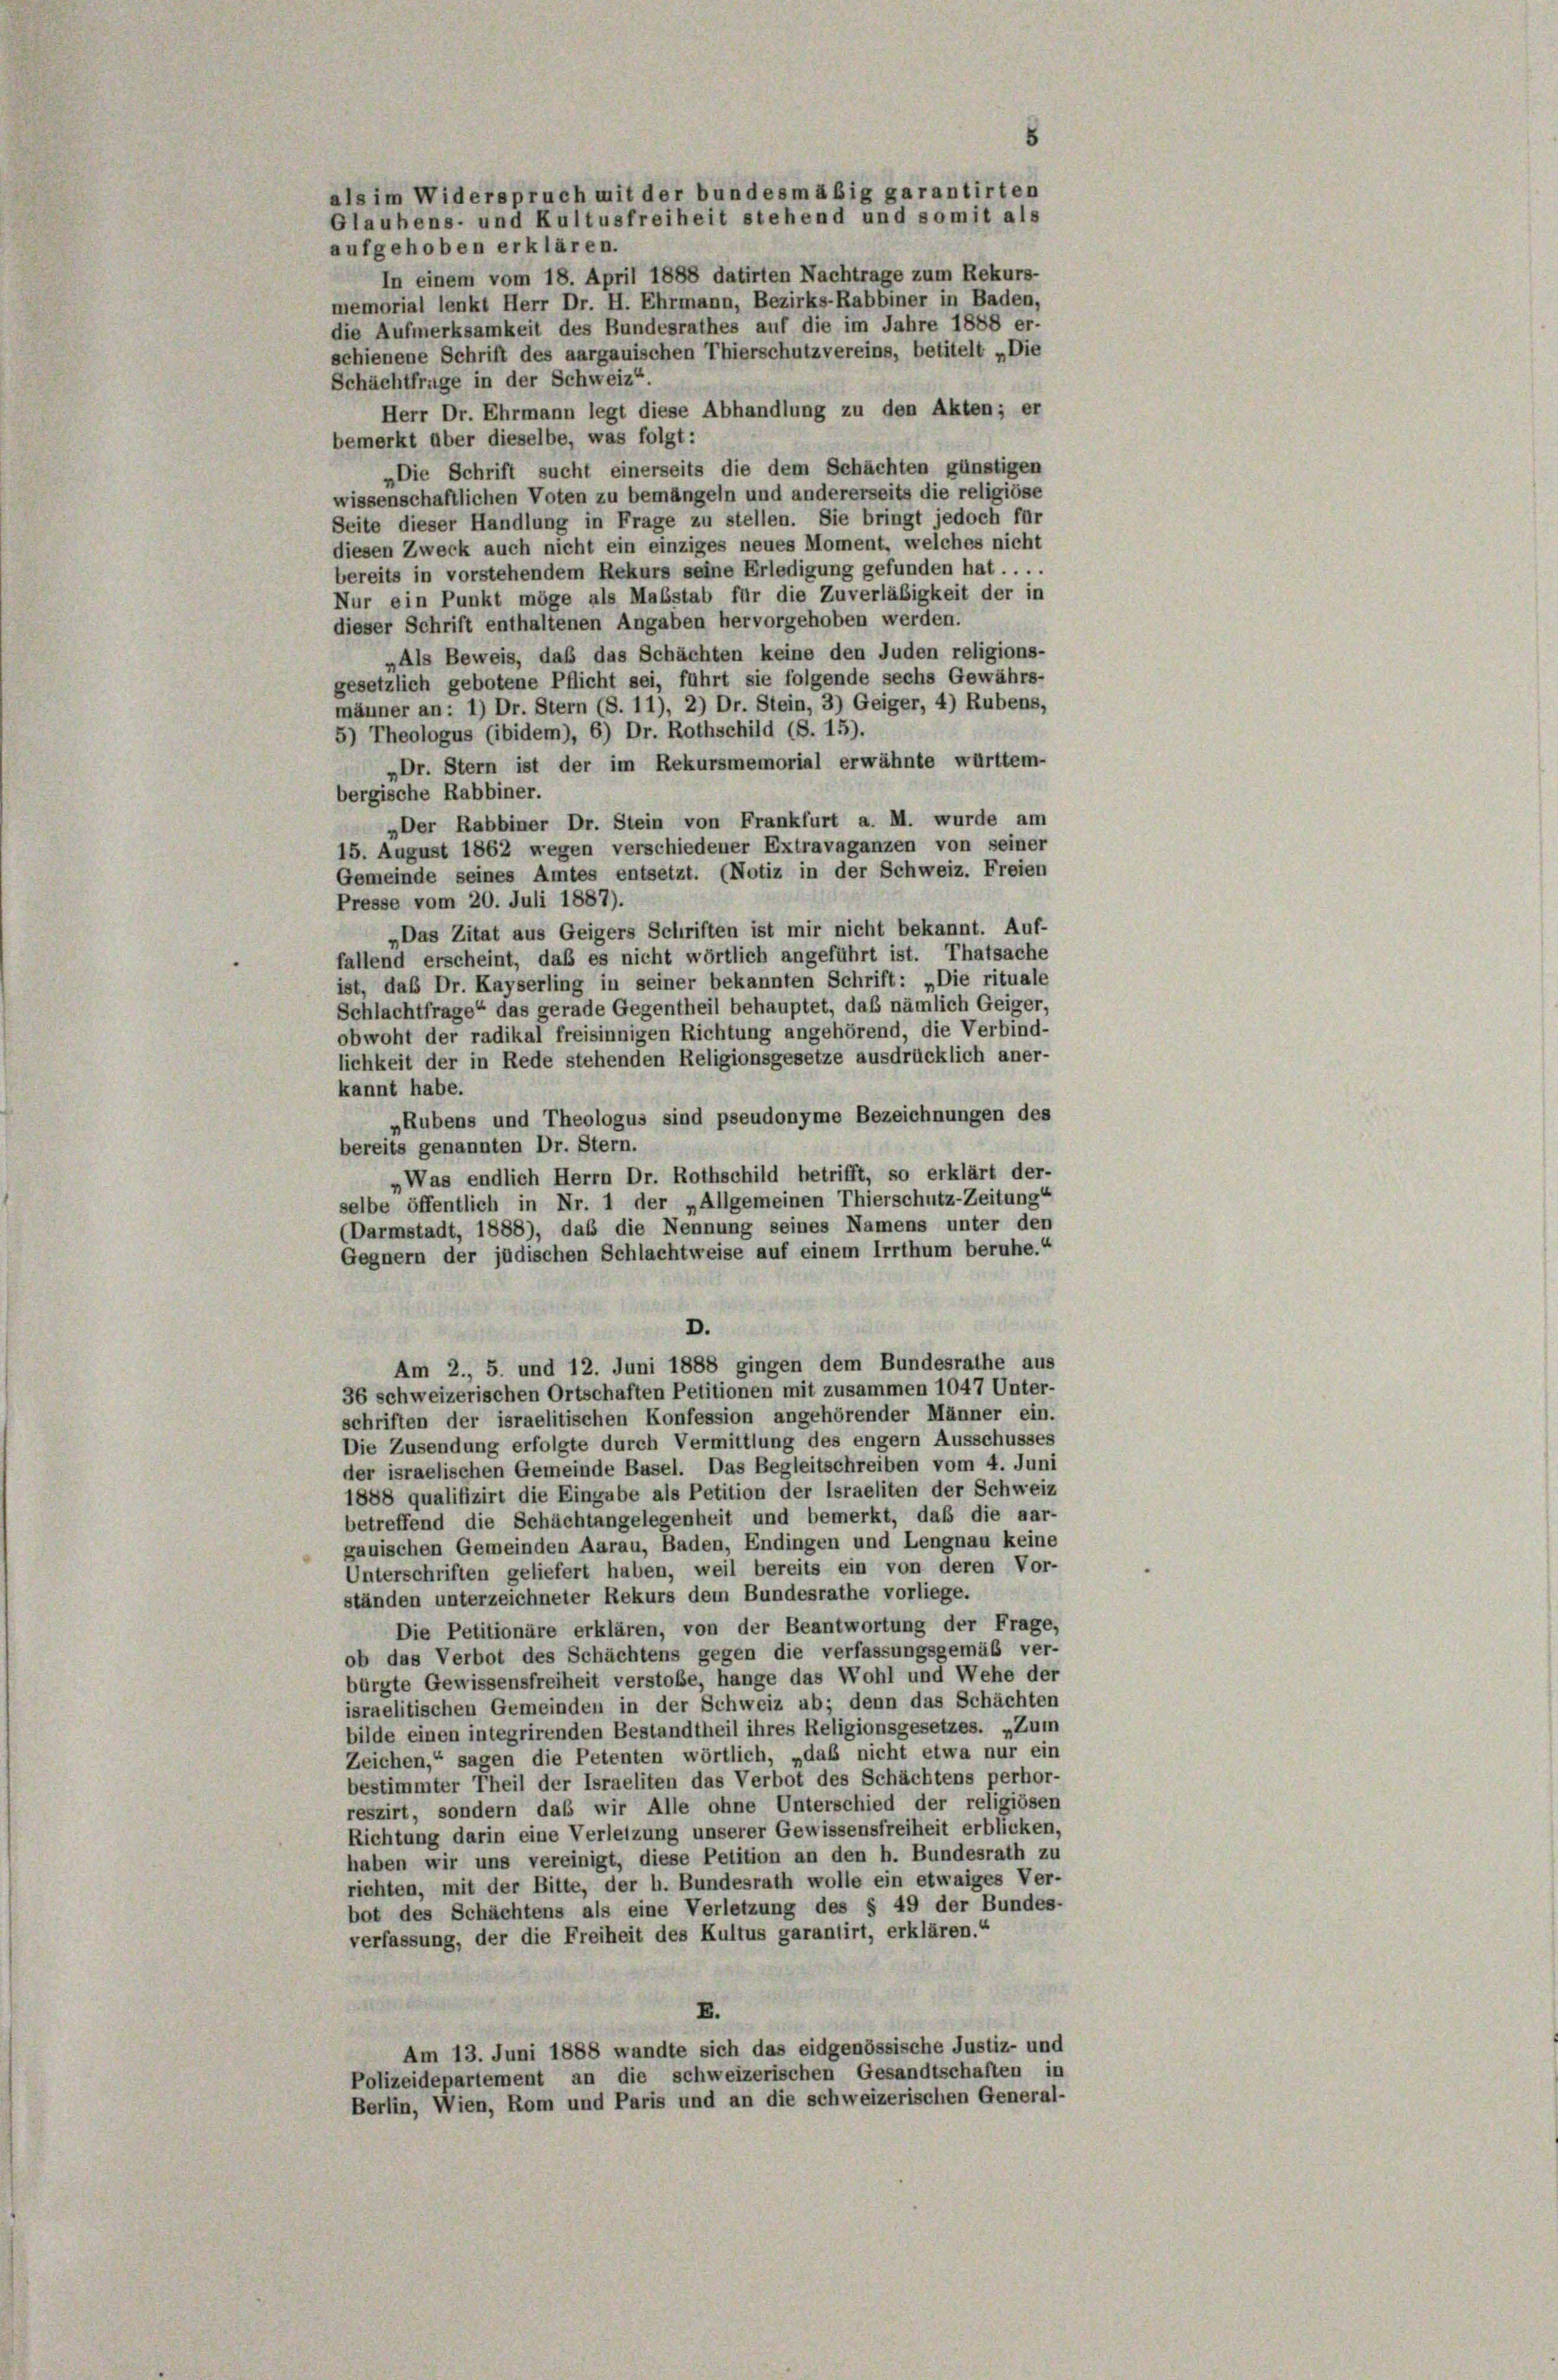
aufgehoben erklären.
die Aufmerksamkeit des Bundesrathes auf die im Jahre 1888 er-
schienene Schrift des aargauischen Thierschutzvereins, betitelt „Die
Schächtfrage in der Schweiz“.
Herr Dr. Ehrmann legt diese Abhandlung zu den Akten; er
bemerkt über dieselbe, was folgt:
„Die Schrift sucht einerseits die dem Schächten günstigen
wissenschaftlichen Voten zu bemängeln und andererseits die religiöse
Seite dieser Handlung in Frage zu stellen. Sie bringt jedoch für
diesen Zweck auch nicht ein einziges neues Moment, welches nicht
bereits in vorstehendem Rekurs seine Erledigung gefunden hat . . . .
Nur ein Punkt möge als Maßstab für die Zuverläßigkeit der in
dieser Schrift enthaltenen Angaben hervorgehoben werden.
„Als Beweis, daß das Schächten keine den Juden religions-
gesetzlich gebotene Pflicht sei, führt sie folgende sechs Gewährs-
männer an: 1) Dr. Stern (S. 11), 2) Dr. Stein, 3) Geiger, 4) Rubens,
5) Theologus (ibidem), 6) Dr. Rothschild (S. 15).
„Dr. Stern ist der im Rekursmemorial erwähnte württem-
bergische Rabbiner.
„Der Rabbiner Dr. Stein von Frankfurt a. M. wurde am
15. August 1862 wegen verschiedener Extravaganzen von seiner
Gemeinde seines Amtes entsetzt. (Notiz in der Schweiz. Freien
Presse vom 20. Juli 1887).
„Das Zitat aus Geigers Schriften ist mir nicht bekannt. Auf-
fallend erscheint, daß es nicht wörtlich angeführt ist. Thatsache
ist, daß Dr. Kayserling in seiner bekannten Schrift: „Die rituale
Schlachtfrage“ das gerade Gegentheil behauptet, daß nämlich Geiger,
obwohl der radikal freisinnigen Richtung angehörend, die Verbind-
lichkeit der in Rede stehenden Religionsgesetze ausdrücklich aner-
kannt habe.
„Rubens und Theologus sind pseudonyme Bezeichnungen des
bereits genannten Dr. Stern.
Was endlich Herrn Dr. Rothschild betrifft, so erklärt der-
selbe öffentlich in Nr. 1 der „Allgemeinen Thierschutz-Zeitung“
(Darmstadt, 1888), daß die Nennung seines Namens unter den
Gegnern der jüdischen Schlachtweise auf einem Irrthum beruhe.“
D.
Am 2., 5. und 12. Juni 1888 gingen dem Bundesrathe aus
36 schweizerischen Ortschaften Petitionen mit zusammen 1047 Unter-
schriften der israelitischen Konfession angehörender Männer ein.
Die Zusendung erfolgte durch Vermittlung des engem Ausschusses
der israelischen Gemeinde Basel. Das Begleitschreiben vom 4. Juni
1888 qualifizirt die Eingabe als Petition der Israeliten der Schweiz
betreffend die Schächtangelegenheit und bemerkt, daß die aar-
gauischen Gemeinden Aarau, Baden, Endingen und Lengnau keine
Unterschriften geliefert haben, weil bereits ein von deren Vor-
ständen unterzeichneter Rekurs dem Bundesrathe vorliege.
Die Petitionäre erklären, von der Beantwortung der Frage,
ob das Verbot des Schächtens gegen die verfassungsgemäß ver-
bürgte Gewissensfreiheit verstoße, hange das Wohl und Wehe der
israelitischen Gemeinden in der Schweiz ab; denn das Schächten
bilde einen integrirenden Bestandtheil ihres Religionsgesetzes. „Zum
Zeichen,“ sagen die Petenten wörtlich, „daß nicht etwa nur ein
bestimmter Theil der Israeliten das Verbot des Schächtens perhor-
reszirt, sondern das wir Alle ohne Unterschied der religiösen
Richtung darin eine Verletzung unserer Gewissensfreiheit erblicken,
haben wir uns vereinigt, diese Petition an den h. Bundesrath zu
richten, mit der Bitte, der h. Bundesrath wolle ein etwaiges Ver-
bot des Schächtens als eine Verletzung des § 49 der Bundes-
verfassung, der die Freiheit des Kultus garantirt, erklären.“
E.
Am 13. Juni 1888 wandte sich das eidgenössische Justiz- und
Polizeidepartement an die schweizerischen Gesandtschaften in
Berlin, Wien, Rom und Paris und an die schweizerischen General-

als im Widerspruch mit der bundesmäßig garantirten
Glaubens- und Kultusfreiheit stehend und somit als
In einem vom 18. April 1888 datirten Nachtrage zum Rekurs-
memorial lenkt Herr Dr. H. Ehrmann, Bezirks-Rabbiner in Baden,